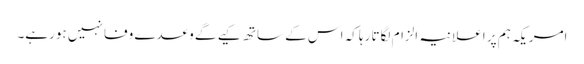
امریکہ ہم پر اعلانیہ الزام لگاتا رہا کہ اس کے ساتھ کیے گے وعدے وفا نہیں ہورہے۔